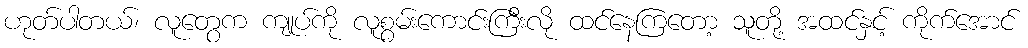
ဟုတ်ပါတယ်၊ လူတွေက ကျုပ်ကို လူစွမ်းကောင်းကြီးလို ထင်နေကြတော့ သူတို့ အထင်နှင့် ကိုက်အောင်